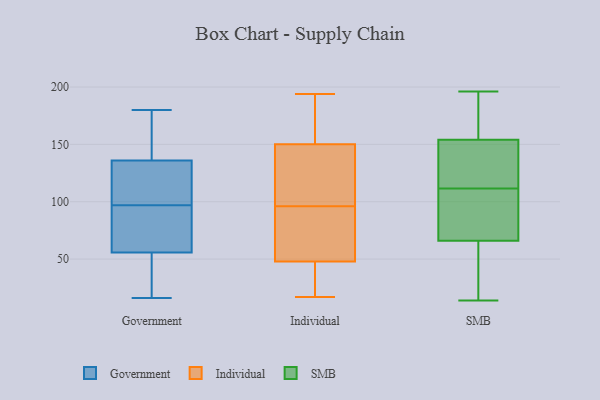
{"axis": {"x": "Demand Index", "y": "Value"}, "legend": ["Government", "Individual", "SMB"], "data": [{"x": "", "y": 54, "type": "Government"}, {"x": "", "y": 138, "type": "Government"}, {"x": "", "y": 53, "type": "Government"}, {"x": "", "y": 97, "type": "Government"}, {"x": "", "y": 36, "type": "Government"}, {"x": "", "y": 133, "type": "Government"}, {"x": "", "y": 163, "type": "Government"}, {"x": "", "y": 180, "type": "Government"}, {"x": "", "y": 84, "type": "Government"}, {"x": "", "y": 137, "type": "Government"}, {"x": "", "y": 105, "type": "Government"}, {"x": "", "y": 68, "type": "Government"}, {"x": "", "y": 107, "type": "Government"}, {"x": "", "y": 16, "type": "Government"}, {"x": "", "y": 61, "type": "Government"}, {"x": "", "y": 50, "type": "Individual"}, {"x": "", "y": 184, "type": "Individual"}, {"x": "", "y": 97, "type": "Individual"}, {"x": "", "y": 52, "type": "Individual"}, {"x": "", "y": 114, "type": "Individual"}, {"x": "", "y": 46, "type": "Individual"}, {"x": "", "y": 166, "type": "Individual"}, {"x": "", "y": 20, "type": "Individual"}, {"x": "", "y": 95, "type": "Individual"}, {"x": "", "y": 53, "type": "Individual"}, {"x": "", "y": 128, "type": "Individual"}, {"x": "", "y": 26, "type": "Individual"}, {"x": "", "y": 191, "type": "Individual"}, {"x": "", "y": 17, "type": "Individual"}, {"x": "", "y": 134, "type": "Individual"}, {"x": "", "y": 194, "type": "Individual"}, {"x": "", "y": 140, "type": "SMB"}, {"x": "", "y": 108, "type": "SMB"}, {"x": "", "y": 14, "type": "SMB"}, {"x": "", "y": 115, "type": "SMB"}, {"x": "", "y": 196, "type": "SMB"}, {"x": "", "y": 93, "type": "SMB"}, {"x": "", "y": 120, "type": "SMB"}, {"x": "", "y": 159, "type": "SMB"}, {"x": "", "y": 44, "type": "SMB"}, {"x": "", "y": 154, "type": "SMB"}, {"x": "", "y": 28, "type": "SMB"}, {"x": "", "y": 45, "type": "SMB"}, {"x": "", "y": 66, "type": "SMB"}, {"x": "", "y": 193, "type": "SMB"}, {"x": "", "y": 94, "type": "SMB"}, {"x": "", "y": 154, "type": "SMB"}, {"x": "", "y": 183, "type": "SMB"}, {"x": "", "y": 104, "type": "SMB"}]}